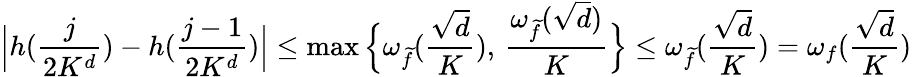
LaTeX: \Big|h(\frac{j}{2K^{d}})-h(\frac{j-1}{2K^{d}})\Big|\le\operatorname*{max}\Big\{ \omega_{\widetilde{f}}(\frac{\sqrt{d}}{K}),\, \frac{\omega_{\widetilde{f}}({\sqrt{d}})}{K}\Big\} \le\omega_{\widetilde{f}}(\frac{\sqrt{d}}{K})=\omega_{f}(\frac{\sqrt{d}}{K})